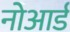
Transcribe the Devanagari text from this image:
नोआर्ड